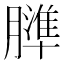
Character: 𦡤